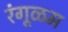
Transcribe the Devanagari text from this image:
रंगूळम